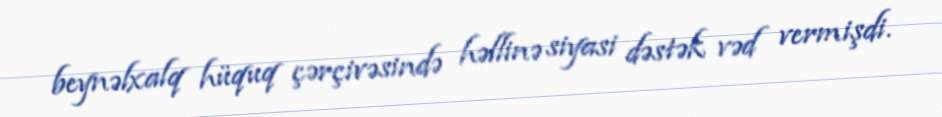
beynəlxalq hüquq çərçivəsində həllinə siyasi dəstək vəd vermişdi.